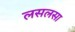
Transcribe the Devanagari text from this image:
लसलसा